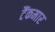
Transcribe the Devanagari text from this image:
टैंकमार